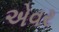
એવર